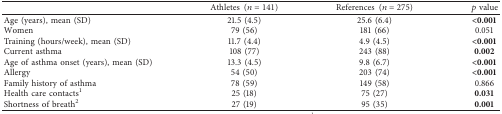
<table><thead><tr><td><b> </b></td><td><b>Athletes (<i>n</i>=141)</b></td><td><b>References (<i>n</i>=275)</b></td><td><b><i>p</i> value</b></td></tr></thead><tbody><tr><td>Age (years), mean (SD)</td><td>21.5 (4.5)</td><td>25.6 (6.4)</td><td><b>&lt;0.001</b></td></tr><tr><td>Women</td><td>79 (56)</td><td>181 (66)</td><td>0.051</td></tr><tr><td>Training (hours/week), mean (SD)</td><td>11.7 (4.4)</td><td>4.9 (4.5)</td><td><b>&lt;0.001</b></td></tr><tr><td>Current asthma</td><td>108 (77)</td><td>243 (88)</td><td><b>0.002</b></td></tr><tr><td>Age of asthma onset (years), mean (SD)</td><td>13.3 (4.5)</td><td>9.8 (6.7)</td><td><b>&lt;0.001</b></td></tr><tr><td>Allergy</td><td>54 (50)</td><td>203 (74)</td><td><b>&lt;0.001</b></td></tr><tr><td>Family history of asthma</td><td>78 (59)</td><td>149 (58)</td><td>0.866</td></tr><tr><td>Health care contacts<sup>1</sup></td><td>25 (18)</td><td>75 (27)</td><td><b>0.031</b></td></tr><tr><td>Shortness of breath<sup>2</sup></td><td>27 (19)</td><td>95 (35)</td><td><b>0.001</b></td></tr></tbody></table>